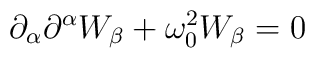
\partial_\alpha\partial^\alpha W_\beta + \omega_0^2W_\beta = 0